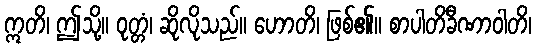
ဣတိ၊ ဤသို့။ ဝုတ္တံ၊ ဆိုလိုသည်။ ဟောတိ၊ ဖြစ်၏။ စာပါတိခီဏာဝါတိ၊